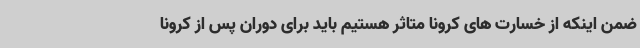
ضمن اینکه از خسارت های کرونا متاثر هستیم باید برای دوران پس از کرونا